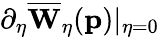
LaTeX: \partial_{\eta}\overline{{\mathbf{W}}}_{\eta}(\mathbf{p})\vert_{\eta=0}